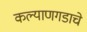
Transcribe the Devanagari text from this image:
कल्याणगडाचे